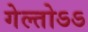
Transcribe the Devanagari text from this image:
गेल्तोऽऽ